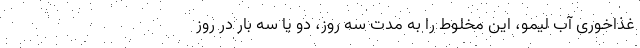
غذاخوری آب لیمو، این مخلوط را به مدت سه روز، دو یا سه بار در روز